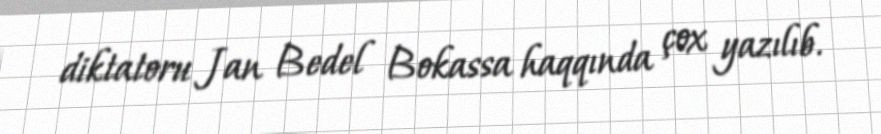
diktatoru Jan Bedel Bokassa haqqında çox yazılıb.